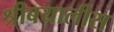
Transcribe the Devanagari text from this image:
श्रीबयालीस